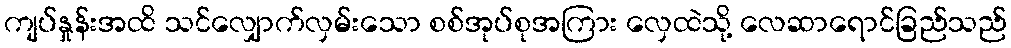
ကျပ်နှုန်းအထိ သင်လျှောက်လှမ်းသော စစ်အုပ်စုအကြား လှေထဲသို့ လေဆာရောင်ခြည်သည်